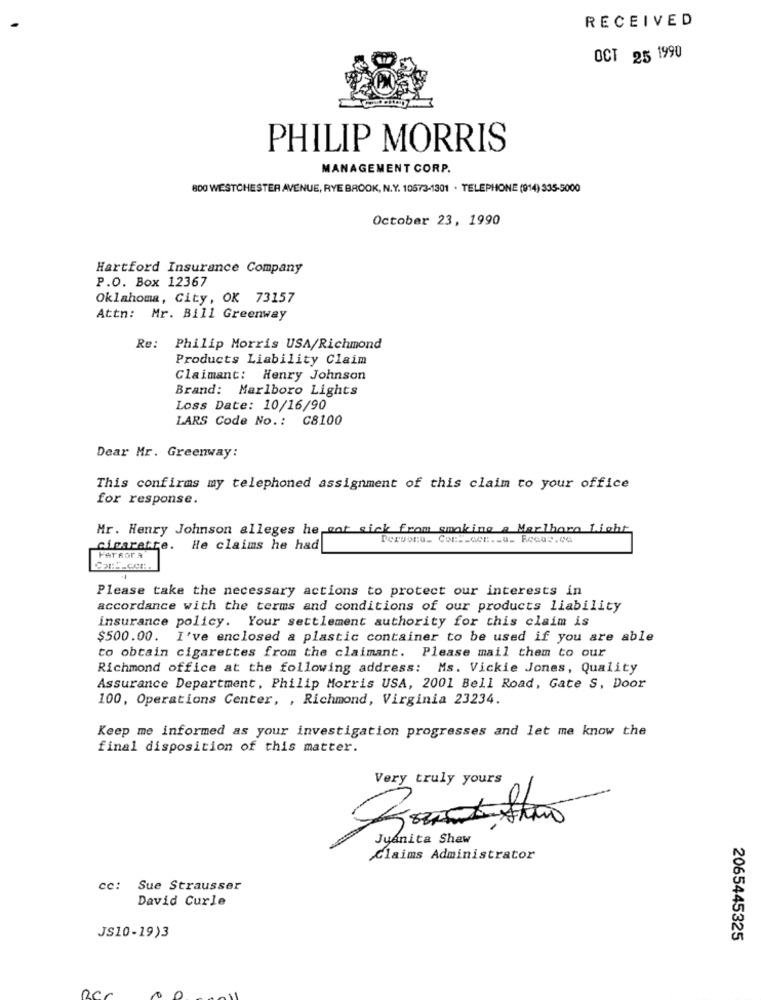
RECEIVED
OCT 25 1990
PHILIP MORRIS
MANAGEMENT CORP.
800 WESTCHESTER AVENUE, RYE BROOK, N.Y. 10673-1301 . TELEPHONE (914) 335-5000
October 23, 1990
Hartford Insurance Company
P.O. Box 12367
Oklahoma, City, OK 73157
Attn: Mr. Bill Greenway
Re: Philip Morris USA/Richmond
Products Liability Claim
Claimant: Henry Johnson
Brand: Marlboro Lights
Loss Date: 10/16/90
LARS Code No .: C8100
Dear Mr. Greenway:
This confirms my telephoned assignment of this claim to your office
for response.
Mr. Henry Johnson alleges he got sick from smoking a Marlboro Light
cigarette. He claims he had
FerRor a
Please take the necessary actions to protect our interests in
accordance with the terms and conditions of our products liability
insurance policy. Your settlement authority for this claim is
$500.00. I've enclosed a plastic container to be used if you are able
to obtain cigarettes from the claimant. Please mail them to our
Richmond office at the following address: Ms. Vickie Jones, Quality
Assurance Department, Philip Morris USA, 2001 Bell Road, Gate S, Door
100, Operations Center, , Richmond, Virginia 23234.
Keep me informed as your investigation progresses and let me know the
final disposition of this matter.
Very truly yours
0
Jyanita Shaw
Claims Administrator
cc:
Sue Strausser
David Curle
JS10-19)3
2065445325